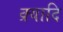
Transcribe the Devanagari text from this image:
क्र्यादि